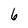
Character: 6